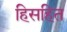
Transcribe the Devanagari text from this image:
हिसहित